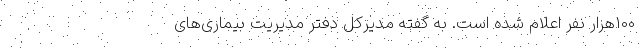
100هزار نفر اعلام شده است. به گفته مدیرکل دفتر مدیریت بیماری‌های